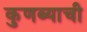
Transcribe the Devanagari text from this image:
कुणब्याची